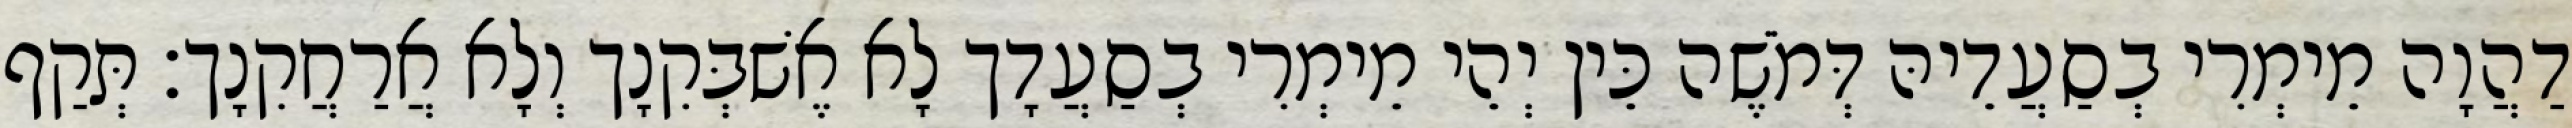
דַהֲוָה מֵימְרִי בְסַעֲדֵיהּ דְּמֹשֶׁה כֵּין יְהֵי מֵימְרִי בְסַעֲדָך לָא אֶשׁבְּקִנָך וְלָא אֲרַחֲקִנָך׃ תְּקַף